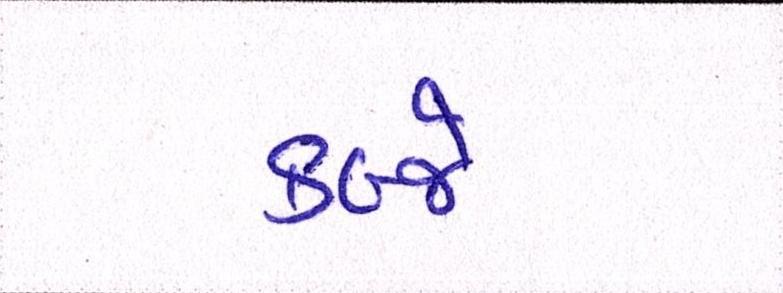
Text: કબ્જે